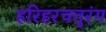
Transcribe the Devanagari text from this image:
हरिहरचतुरंग